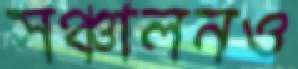
সঞ্চালনও